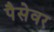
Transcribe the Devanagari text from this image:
पैसेवर